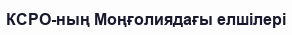
КСРО-ның Моңғолиядағы елшілері